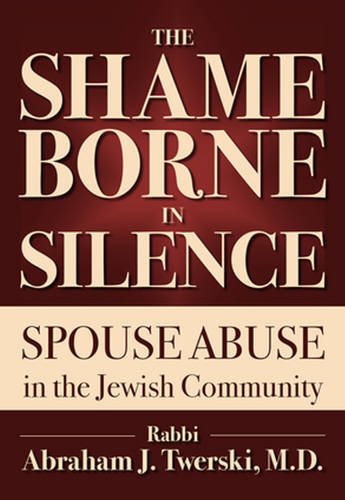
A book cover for The Shame Borne in Silence: Spouse Abuse in the Jewish Community; Rabbi Abraham J. Twerski MD; Religion & Spirituality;